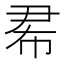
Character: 𢂜